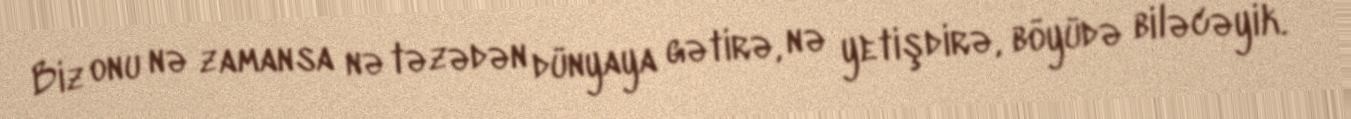
Biz onu nə zamansa nə təzədən dünyaya gətirə, nə yetişdirə, böyüdə biləcəyik.